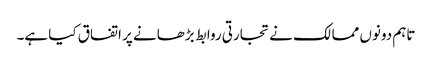
تاہم دونوں ممالک نے تجارتی روابط بڑھانے پر اتفاق کیا ہے۔